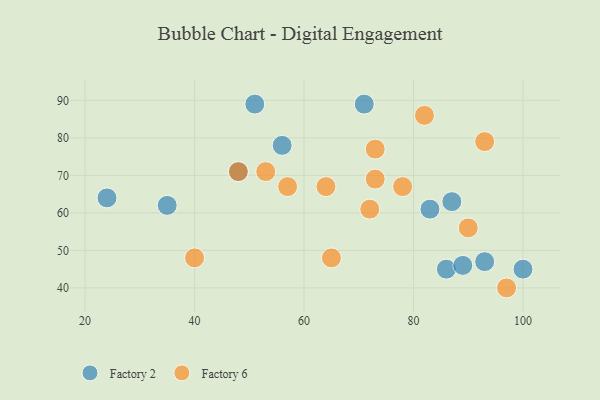
{"axis": {"x": "GDP", "y": "Life Expectancy"}, "legend": ["Factory 2", "Factory 6"], "data": [{"x": "56", "y": 78, "type": "Factory 2"}, {"x": "35", "y": 62, "type": "Factory 2"}, {"x": "48", "y": 71, "type": "Factory 2"}, {"x": "51", "y": 89, "type": "Factory 2"}, {"x": "100", "y": 45, "type": "Factory 2"}, {"x": "93", "y": 47, "type": "Factory 2"}, {"x": "71", "y": 89, "type": "Factory 2"}, {"x": "87", "y": 63, "type": "Factory 2"}, {"x": "83", "y": 61, "type": "Factory 2"}, {"x": "24", "y": 64, "type": "Factory 2"}, {"x": "86", "y": 45, "type": "Factory 2"}, {"x": "89", "y": 46, "type": "Factory 2"}, {"x": "90", "y": 56, "type": "Factory 6"}, {"x": "48", "y": 71, "type": "Factory 6"}, {"x": "82", "y": 86, "type": "Factory 6"}, {"x": "40", "y": 48, "type": "Factory 6"}, {"x": "73", "y": 69, "type": "Factory 6"}, {"x": "73", "y": 77, "type": "Factory 6"}, {"x": "78", "y": 67, "type": "Factory 6"}, {"x": "53", "y": 71, "type": "Factory 6"}, {"x": "57", "y": 67, "type": "Factory 6"}, {"x": "97", "y": 40, "type": "Factory 6"}, {"x": "72", "y": 61, "type": "Factory 6"}, {"x": "93", "y": 79, "type": "Factory 6"}, {"x": "65", "y": 48, "type": "Factory 6"}, {"x": "64", "y": 67, "type": "Factory 6"}]}